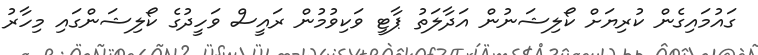
ގައުމައިގެން ކުރިޔަށް ކޯލިޝަނުން އަދާލަތު ޕާޓީ ވަކިވުމުން ރައީސް ވަހީދުގެ ކޯލިޝަންގައި މިހާރު